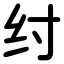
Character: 纣